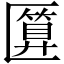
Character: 匴